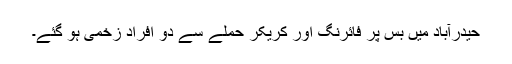
حیدرآباد میں بس پر فائرنگ اور کریکر حملے سے دو افراد زخمی ہو گئے۔